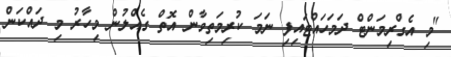
"މި އެގްރިމަންޓް ދަމަހައްޓައިފި ނަމަ ކުރިމަތިވާން އޮތް ގެއްލުން މިހާރު މި ދައްކަން